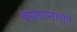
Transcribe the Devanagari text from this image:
बसवन्नाचुप